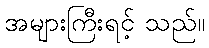
အများကြီးရင့် သည်။